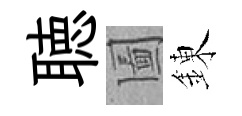
聴圗錬